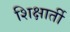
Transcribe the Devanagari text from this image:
शिक्षार्ती